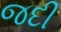
જદી